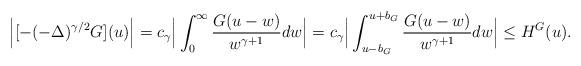
LaTeX: \begin{align*} \Big| [-(- \Delta)^{\gamma/2} G ](u)\Big |= c_{\gamma} \Big| \int_{0}^{\infty} \frac{G(u-w)}{ w^{\gamma+1}} dw \Big| = c_{\gamma} \Big| \int_{ u-b_G}^{u+b_G} \frac{ G(u-w) }{ w^{\gamma+1}} dw \Big| \leq H^G(u).\end{align*}